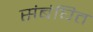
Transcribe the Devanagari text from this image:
संबंघित